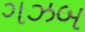
ગઝબ